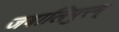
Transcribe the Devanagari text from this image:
जबालिपुरम्